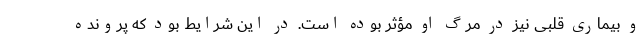
و بیماری قلبی نیز در مرگ او مؤثر بوده است. در این شرایط بود که پرونده